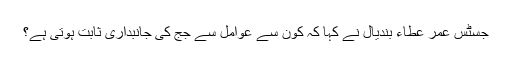
جسٹس عمر عطاء بندیال نے کہا کہ کون سے عوامل سے جج کی جانبداری ثابت ہوتی ہے؟